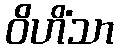
ဝိဟိံသာ